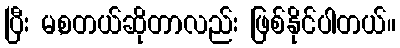
ပြီး မ,စတယ်ဆိုတာလည်း ဖြစ်နိုင်ပါတယ်။